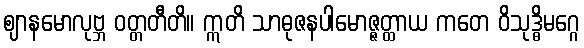
ဈာနမောလုဗ္ဘ ဝတ္တတီတိ။ ဣတိ သာဓုဇနပါမောဇ္ဇတ္ထာယ ကတေ ဝိသုဒ္ဓိမဂ္ဂေ